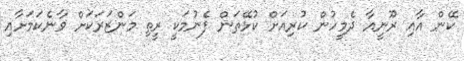
ކޭން އާއި ރޫނީއާ ދެމީހުން ކުރިއަށް ކުޅޭތަން ފެނުމަކީ ރީތި މަންޒަރަކަށް ވާނެކަމަށާއި